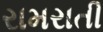
રામરાતી